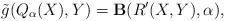
LaTeX: \begin{align*}\tilde{g}(Q_{\alpha}(X),Y)={\bf B}(R'(X,Y),\alpha),\end{align*}